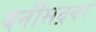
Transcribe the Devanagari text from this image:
बनीसद्रवर